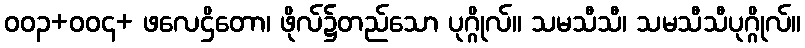
ဝဝ၃+ဝဝ၄+ ဖလေဌိတော၊ ဖိုလ်၌တည်သော ပုဂ္ဂိုလ်။ သမသီသီ၊ သမသီသီပုဂ္ဂိုလ်။